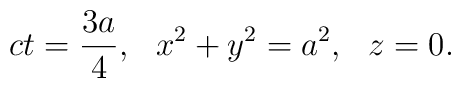
ct = \frac{3a}{4},\,\,\,\, x^2 + y^2 = a^2,\,\,\,\, z = 0.